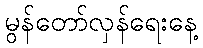
မွန်တော်လှန်ရေးနေ့